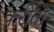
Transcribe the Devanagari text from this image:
करीतो